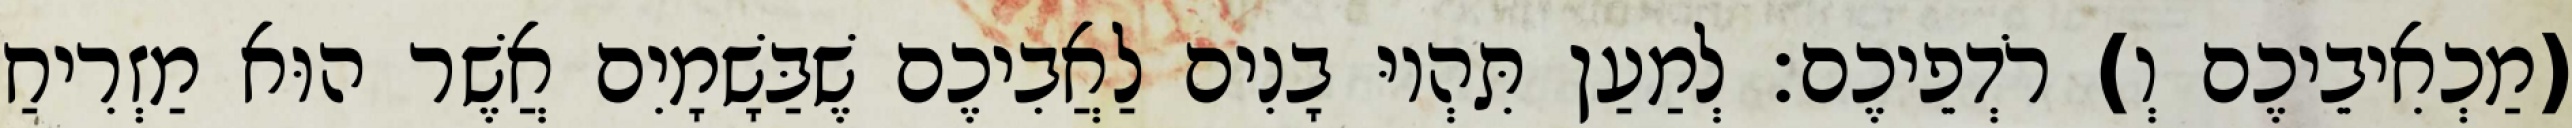
(מַכְאִיבֵיכֶם וְ) רֹדְפֵיכֶם׃ לְמַעַן תִּהְיוּ בָנִים לַאֲבִיכֶם שֶׁבַּשָׁמָיִם אֲשֶׁר הוּא מַזְרִיחַ